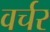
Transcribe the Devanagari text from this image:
वर्चर